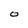
Character: O